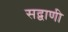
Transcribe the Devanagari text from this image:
सद्वाणी